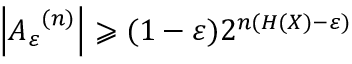
\left| { A _ { \varepsilon } } ^ { ( n ) } \right| \geqslant ( 1 - \varepsilon ) 2 ^ { n ( H ( X ) - \varepsilon ) }